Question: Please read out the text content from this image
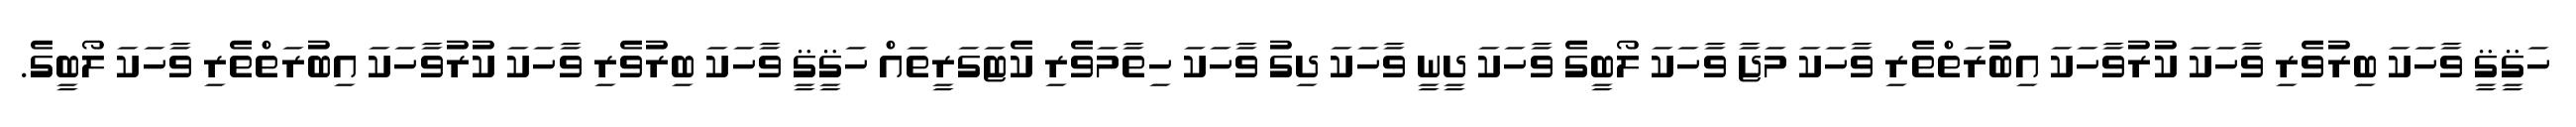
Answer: ހަޤީޤީ ވާހަކަ ބިރުވެރި ވާހަކަ ކުރުވާހަކަ އިބުރަތްތެރި ވާހަކަ މަޖާ ވާހަކަ ލޯބީގެ ވާހަކަ ދީނީ ވާހަކަ ދިގު ވާހަކަ ހިތާމަވެރި ކެޓަގަރީތައް ހަޤީޤީ ވާހަކަ ބިރުވެރި ވާހަކަ ކުރުވާހަކަ އިބުރަތްތެރި ވާހަކަ ލޯބީގެ.